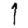
Digit: 1